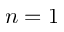
n = 1